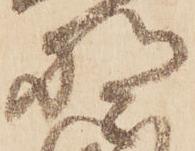
野